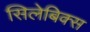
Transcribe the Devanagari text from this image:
सिलेबिक्स